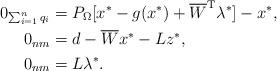
LaTeX: \begin{align*} 0_{\sum_{i=1}^{n}q_i} &=P_{\Omega} [x^* - g({x^*})+\overline{W}^{\rm T} \lambda^*]- x^*, \\ 0_{nm} &= d-\overline{W}x^*-Lz^*,\\ 0_{nm} &= L\lambda^*.\end{align*}